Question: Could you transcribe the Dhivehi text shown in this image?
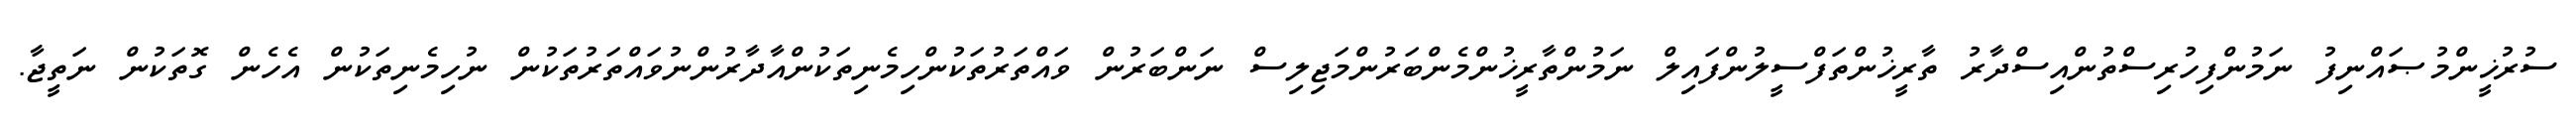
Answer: ސުރުޚީންމުޞައްނިފު ނަމުންފިހުރިސްތުންއިސްދާރު ތާރީޚުންތަފްސީލުންފައިލް ނަމުންތާރީޚުންމެންބަރުންމަޖިލިސް ނަންބަރުން ވައްތަރުތަކުންހިމެނިތަކުންއާދާރުންނުވައްތަރުތަކުން ނުހިމެނިތަކުން އެހެން ގޮތަކުން ނަތީޖާ.